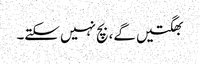
بھگتیں گے، بچ نہیں سکتے۔